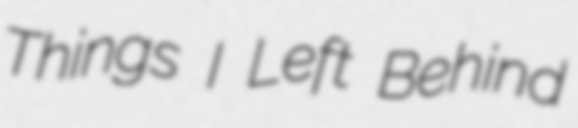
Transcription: Things I Left Behind